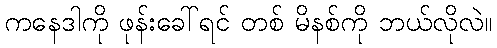
ကနေဒါကို ဖုန်းခေါ်ရင် တစ် မိနစ်ကို ဘယ်လိုလဲ။